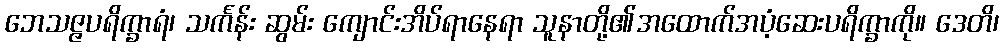
ဘေသဇ္ဇပရိက္ခာရံ၊ သင်္ကန်း ဆွမ်း ကျောင်းအိပ်ရာနေရာ သူနာတို့၏အထောက်အပံ့ဆေးပရိက္ခာကို။ ဒေတိ၊